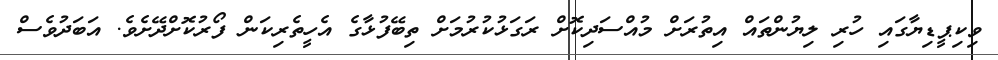
ވިކިޕީޑިޔާގައި ހުރި ލިޔުންތައް އިތުރަށް މުއްސަދިކޮށް ރަގަޅުކުރުމަށް ތިބޭފުޅާގެ އެހީތެރިކަން ފޯރުކޮށްދޭށެވެ. އަބަދުވެސް